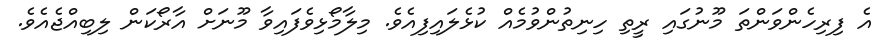
އެ ފިރިހެންވަންތަ މޫނުގައި ރީތި ހިނިތުންވުމެއް ކުޅެލައިފިއެވެ. މިލާމޯޅިވެފައިވާ މޫނަށް އާރޯކަން ލިބިއްޖެއެވެ.